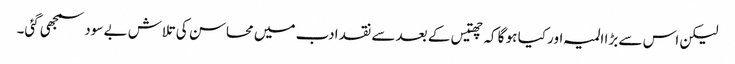
لیکن اس سے بڑا المیہ اور کیا ہو گا کہ چھتیس کے بعد سے نقد ادب میں محاسن کی تلاش بے سود سمجھی گئی۔